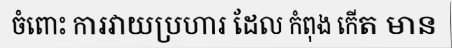
ចំពោះ ការវាយប្រហារ ដែល កំពុង កើត មាន